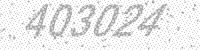
Solution: 403024